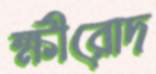
ক্ষীরোদ